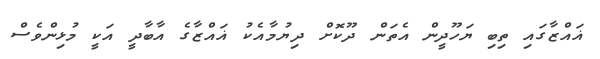
ޣައްޒާގައި ތިބި ޔަހޫދީން އެތަން ދޫކޮށް ދިޔުމާއެކު ޣައްޒާގެ އާބާދީ އަކީ މުޅިންވެސް